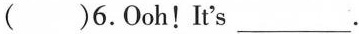
( ) 6. 0oh！It's___.